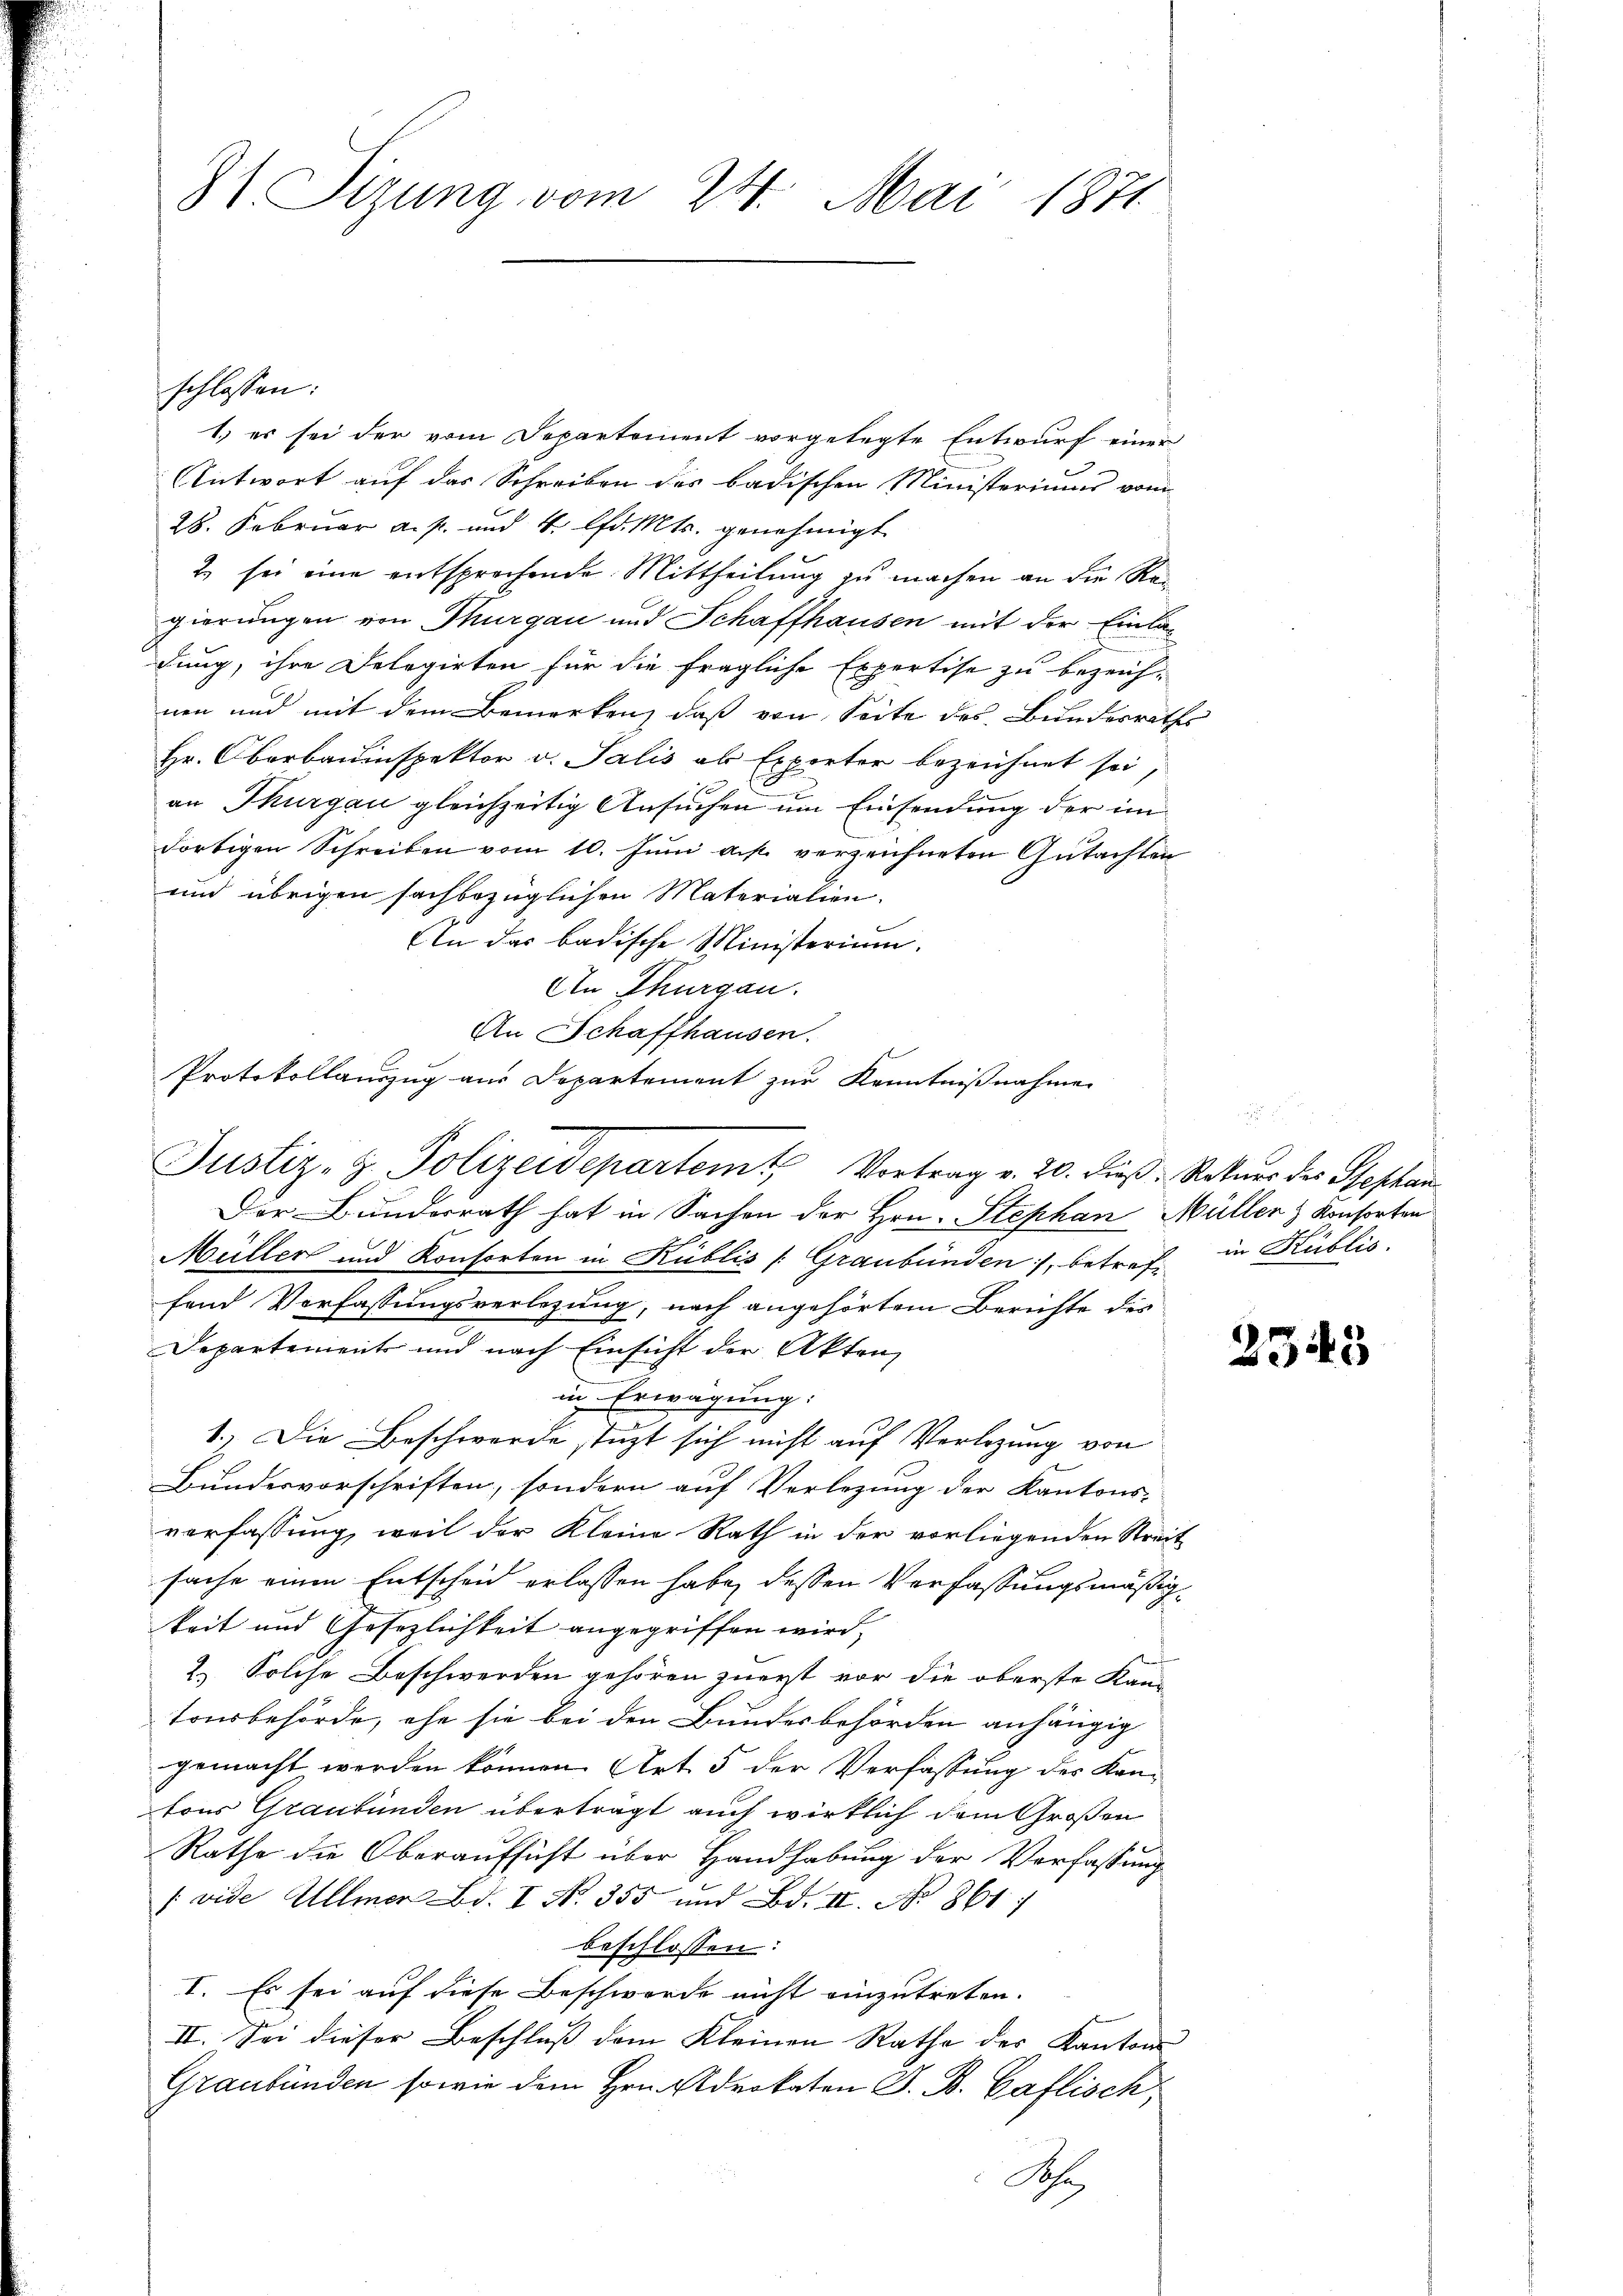
31. Sizung vom 24. Mai 1871

1.) es sei der vom Departement vorgelegte Entwurf einer
Antwort auf das Schreiben des badischen Ministeriums vom
28. Februar a. p. und 4. lfd. Mts. genehmigt
2) sei eine entsprechende Mittheilung zu machen an die Re-
gierungen von Thurgau und Schaffhausen mit der Einladung, ihre Delegirten für die fragliche Expertise zu bezeich-
nen und mit dem Bemerken, daß von Seite des Bundesrath
Hr. Oberbauinspektor v. Salis als Experter bezeichnet sei,
an Thurgau gleichzeitig Ansuchen um Einsendung der im
dortigen Schreiben vom 10. Juni a. verzeichneten Gutachten
und übrigen sachbezüglichen Materialien.
Ein das badische Ministerium.
An Thurgau.
An Schaffhausen.
s
Protokollauszug aus Departement zur Kenntnißnahme
Der Bunderrath hat in Sachen der Hrn. Stephan Müller & Konsorten
Müller und Konsorten in Küblis (Graubünden, betref in Küblic
fand Verfassungsverlegung, nach angehörtem Berichte des
Departement und nach Einsicht der Akten,
in Erwägung:
1.) Die Beschwerde stüzt sich nicht auf Verlegung von
Bundesvorschriften, sondern auf Verlegung der Kantons-
verfassung, weil der Kleine Rath in der vorliegenden Streit
sache einen Entscheid erlassen habe, dessen Verfassungsmäßigkeit und Gesezlichkeit angegriffen wird,
2.) Solche Beschwerden gehören zuerst vor die oberste Kantonsbehörde, ehe sie bei den Bundesbehörden anhängig
gemacht werden können. Art 5 der Verfassung des Kantons Graubünden überträgt auch wirklich dem Großen
Rathe die Oberaufsicht über Handhabung der Verfassung
/ vide Ullmer Bd. I No. 355 und Bd. II. No 861
beschlossen:
I. Es sei auf diese Beschwerde nicht einzutreten.
II. Sei dieser Beschluß dem Kleinen Rathe der Kanton
Graubünden sowie dem Hrn. Advokaten J. B. Gaflisch,
Sch

schlossen:

Justiz- & Polizeidepartemt Vortrag v. 20. dieß Rekurs des Stephan

2

2345